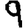
Digit: 9